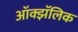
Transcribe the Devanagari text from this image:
ऑक्झॅलिक